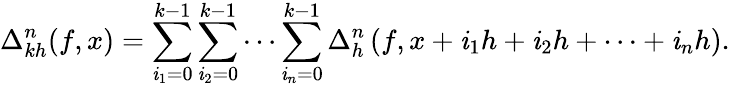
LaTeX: \Delta_{kh}^{n}(f,x)=\sum_{\mathit{i}_{1}=0}^{k-1}\sum_{\mathit{i}_{2}=0}^{k-1}\cdots\sum_{\mathit{i}_{n}=0}^{k-1}\Delta_{h}^{n}\left(f,x+\mathit{i}_{1}h+\mathit{i}_{2}h+\cdots+\mathit{i}_{n}h\right).